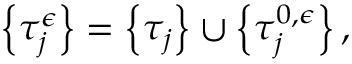
\left\{ \tau _ { j } ^ { \epsilon } \right\} = \left\{ \tau _ { j } \right\} \cup \left\{ \tau _ { j } ^ { 0 , \epsilon } \right\} ,